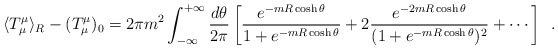
\begin{align*}\langle T^\mu_\mu \rangle_R - (T_\mu^\mu)_0 = 2\pi m^2\int_{-\infty}^{+\infty}\frac{d\theta}{2\pi} \left[\frac{e^{-m R \cosh\theta}}{1+ e^{-mR \cosh\theta}} +2 \frac{e^{-2 m R \cosh\theta}}{(1+e^{-m R \cosh\theta})^2} +\cdots \right]\,\,\,.\end{align*}